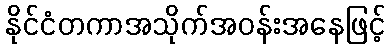
နိုင်ငံတကာအသိုက်အဝန်းအနေဖြင့်